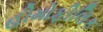
હીમોફીલિક